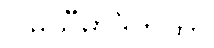
ဂါမသီမာဒိကထာ